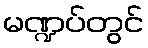
မဏ္ဍပ်တွင်